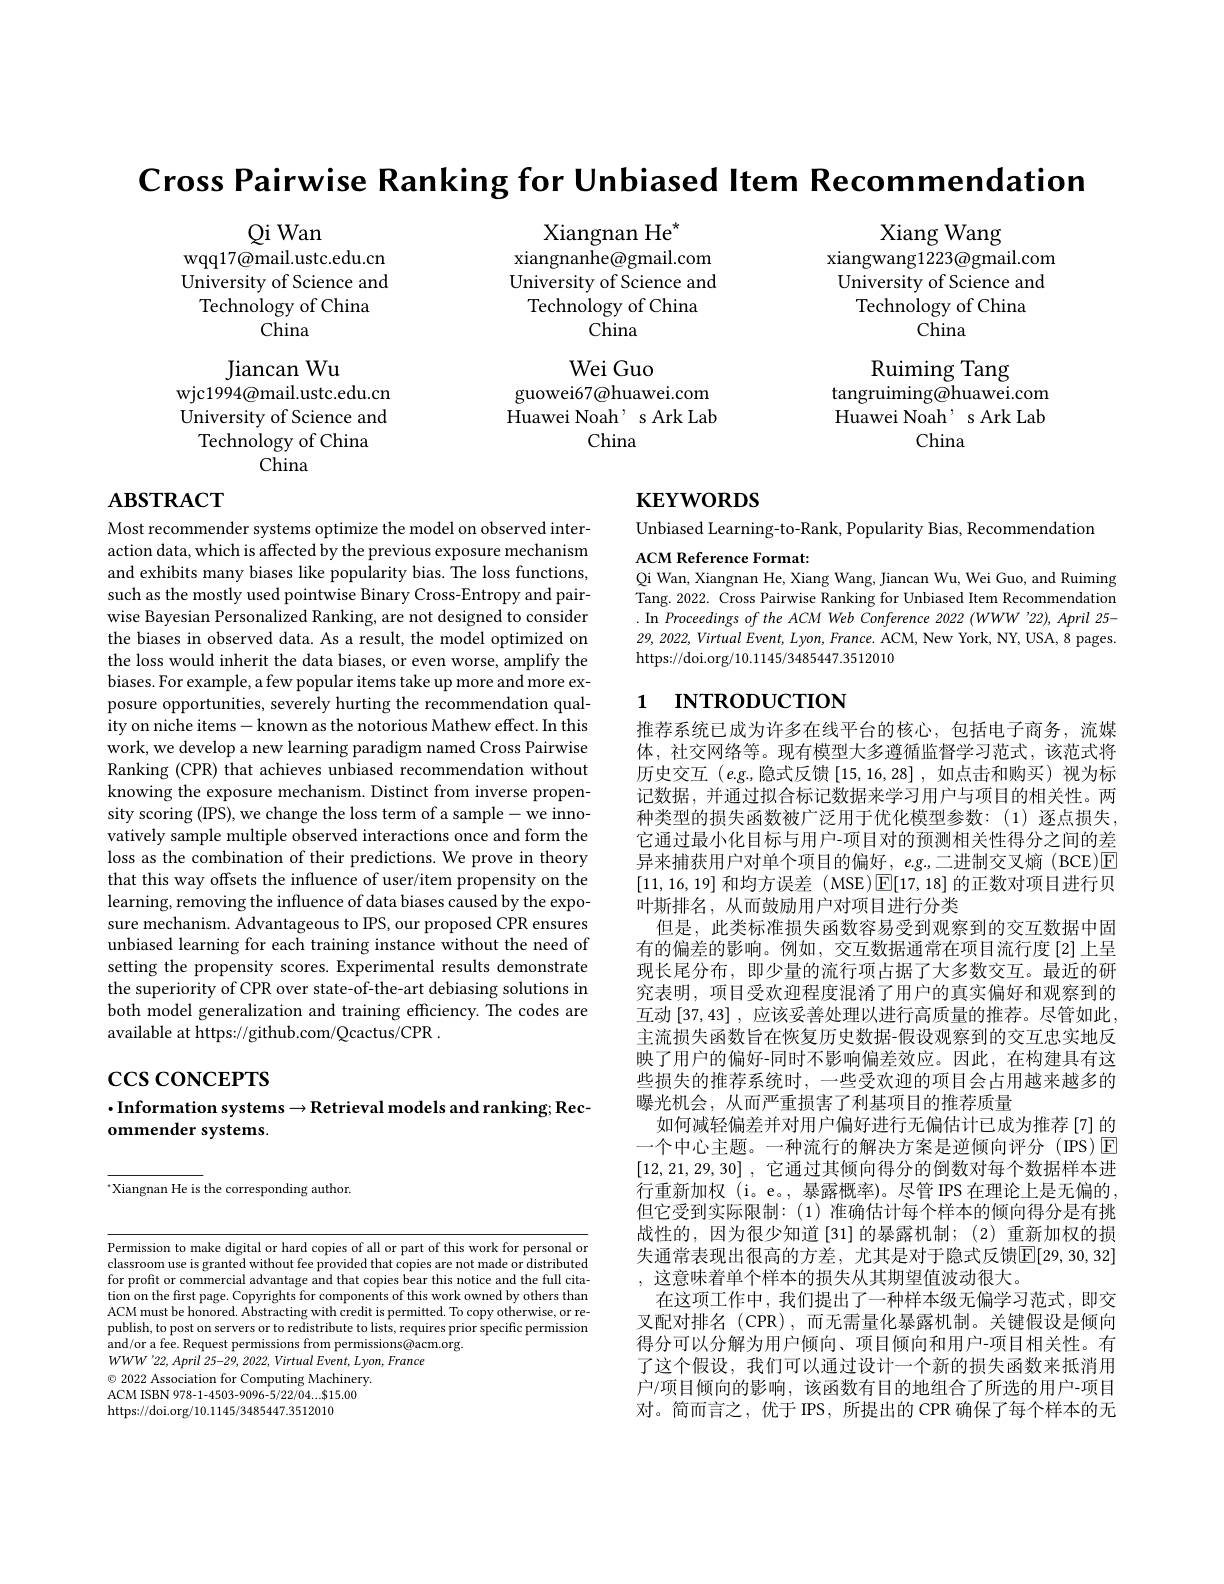
Cross Pairwise Ranking for Unbiased Item Recommendation

Xiang Wang
xiangwang1223@gmail.com University of Science and
Technology of China
China

Xiangnan He$^{*}$
xiangnanhe@gmail.com University of Science and Technology of China
China

Qi Wan
wqq17@mail.ustc.edu.cn University of Science and Technology of China
$\bar{\text{China}}$

Wei Guo
guowei67@huawei.com Huawei Noah' s Ark Lab
China

Ruiming Tang
tangruiming@huawei.com Huawei Noah' s Ark Lab
China

Jiancan Wu
wjc1994@mail.ustc.edu.cn University of Science and Technology of China
China

# $\mathbf{ABSTRACT}$

# $\mathbf{KEYWORDS}$

Unbiased Learning-to-Rank, Popularity Bias, Recommendation

ACM Reference Format:
Qi Wan, Xiangnan He, Xiang Wang, Jiancan Wu, Wei Guo, and Ruiming Tang. 2022. Cross Pairwise Ranking for Unbiased Item Recommendation . In Proceedings of the ACM Web Conference 2022 (WWW '22), April 25- 29, 2022, Virtual Event, Lyon, France. ACM, New York, NY, USA, 8 pages. https://doi.org/10.1145/3485447.3512010

# 1 INTRODUCTION

Most recommender systems optimize the model on observed interaction data, which is affected by the previous exposure mechanism and exhibits many biases like popularity bias. The loss functions, such as the mostly used pointwise Binary Cross-Entropy and pairwise Bayesian Personalized Ranking, are not designed to consider the biases in observed data. As a result, the model optimized on the loss would inherit the data biases, or even worse, amplify the biases. For example, a few popular items take up more and more exposure opportunities, severely hurting the recommendation quality on niche items-known as the notorious Mathew effect. In this work, we develop a new learning paradigm named Cross Pairwise Ranking (CPR) that achieves unbiased recommendation without knowing the exposure mechanism. Distinct from inverse propensity scoring (IPS), we change the loss term of a sample- we innovatively sample multiple observed interactions once and form the loss as the combination of their predictions. We prove in theory that this way offsets the influence of user/item propensity on the learning, removing the influence of data biases caused by the exposure mechanism. Advantageous to IPS, our proposed CPR ensures unbiased learning for each training instance without the need of setting the propensity scores. Experimental results demonstrate the superiority of CPR over state-of-the-art debiasing solutions in both model generalization and training efficiency. The codes are available at https://github.com/Qcactus/CPR .

推荐系统已成为许多在线平台的核心，包括电子商务，流媒体，社交网络等。现有模型大多遵循监督学习范式，该范式将历史交互$(e.g$,隐式反馈[15,16,28],如点击和购买)视为标记数据，并通过拟合标记数据来学习用户与项目的相关性。两种类型的损失函数被广泛用于优化模型参数：(1)逐点损失， 它通过最小化目标与用户-项目对的预测相关性得分之间的差异来捕获用户对单个项目的偏好，e.g.,二进制交叉熵 (BCE)☑ [11,16,19]和均方误差(MSE)$\boxed{\mathrm{E}}[17,18]$的正数对项目进行贝叶斯排名，从而鼓励用户对项目进行分类
但是，此类标准损失函数容易受到观察到的交互数据中固有的偏差的影响。例如，交互数据通常在项目流行度[2]上呈现长尾分布，即少量的流行项占据了大多数交互。最近的研究表明，项目受欢迎程度混淆了用户的真实偏好和观察到的互动$\left[37,43\right]$,应该妥善处理以进行高质量的推荐。尽管如此， 主流损失函数旨在恢复历史数据-假设观察到的交互忠实地反映了用户的偏好-同时不影响偏差效应。因此，在构建具有这些损失的推荐系统时，一些受欢迎的项目会占用越来越多的曝光机会，从而严重损害了利基项目的推荐质量
如何减轻偏差并对用户偏好进行无偏估计已成为推荐[7]的一个中心主题。一种流行的解决方案是逆倾向评分(IPS)☑ [12,21,29,30] , 它通过其倾向得分的倒数对每个数据样本进行重新加权(i。e。,暴露概率)。尽管 IPS 在理论上是无偏的， 但它受到实际限制：(1)准确估计每个样本的倾向得分是有挑战性的，因为很少知道[31]的暴露机制；(2)重新加权的损失通常表现出很高的方差，尤其是对于隐式反馈$\mathbb{E}[29,30,32]$ ,这意味着单个样本的损失从其期望值波动很大。
在这项工作中，我们提出了一种样本级无偏学习范式，即交叉配对排名 (CPR),而无需量化暴露机制。关键假设是倾向得分可以分解为用户倾向、项目倾向和用户-项目相关性。有了这个假设，我们可以通过设计一个新的损失函数来抵消用户/项目倾向的影响，该函数有目的地组合了所选的用户-项目对。简而言之，优于 IPS, 所提出的 CPR 确保了每个样本的无

# $\csc\cos$coNCEPTS
$\cdot$Information systems$\to$Retrieval models and ranking; Rec-
## ommender systems.

$^{*}$Xiangnan He is the corresponding author.

Permission to make digital or hard copies of all or part of this work for personal or classroom use is granted without fee provided that copies are not made or distributed for profit or commercial advantage and that copies bear this notice and the full citation on the first page. Copyrights for components of this work owned by others than ACM must be honored. Abstracting with credit is permitted. To copy otherwise, or republish, to post on servers or to redistribute to lists, requires prior specific permission and/or a fee. Request permissions from permissions@acm.org.
$WWW^{\prime}22,April~25-29,~2022,~Virtual~Event,~Lyon,~France$
$\odot$ 2022 Association for Computing Machinery. ACM ISBN 978-1-4503-9096-5/22/04...$15.00 https://doi.org/10.1145/3485447.3512010